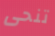
تنحى